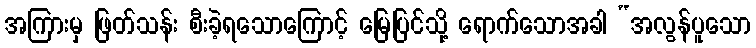
အကြားမှ ဖြတ်သန်း စီးခဲ့ရသောကြောင့် မြေပြင်သို့ ရောက်သောအခါ “အလွန်ပူသော